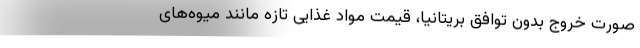
صورت خروج بدون توافق بریتانیا، قیمت مواد غذایی تازه مانند میوه‌های